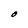
Character: O